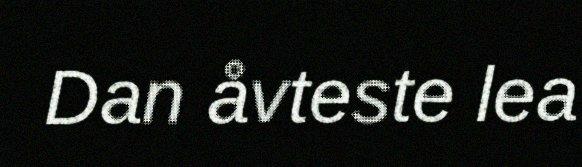
Dan åvteste lea